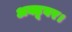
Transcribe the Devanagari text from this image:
अक्टूबर।